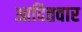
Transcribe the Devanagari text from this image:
आदितवार